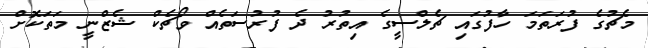
މެޗުގެ ފުރަތަމަ ހާފުގައި ޗެލްސީގެ އިތުރު ދެ ފުރުސަތެއް ވޯޗެކް ޝެޒްނީ މަތަކޮށް